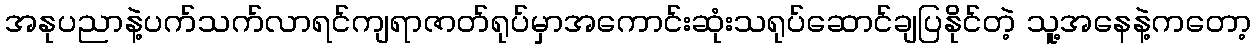
အနုပညာနဲ့ပက်သက်လာရင်ကျရာဇာတ်ရုပ်မှာအကောင်းဆုံးသရုပ်ဆောင်ချပြနိုင်တဲ့ သူ့အနေနဲ့ကတော့